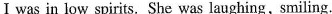
I was in low spirits. She was laughing,smiling.